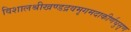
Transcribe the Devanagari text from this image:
विशालश्रीखण्डद्रवमृगमदाकीर्णघुसृण